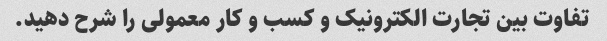
تفاوت بین تجارت الکترونیک و کسب و کار معمولی را شرح دهید.